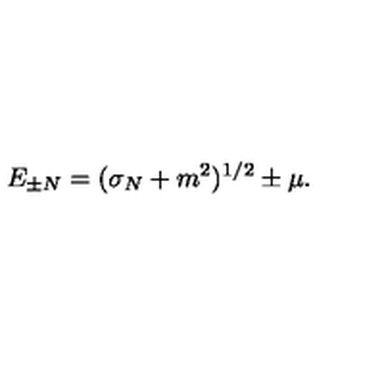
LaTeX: E _ { \pm N } = ( \sigma _ { N } + m ^ { 2 } ) ^ { 1 / 2 } \pm \mu .